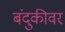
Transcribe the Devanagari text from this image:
बंदुकीवर